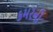
કમરની